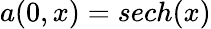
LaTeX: a(0,x)=sech(x)